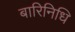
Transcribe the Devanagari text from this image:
बारिनिधि